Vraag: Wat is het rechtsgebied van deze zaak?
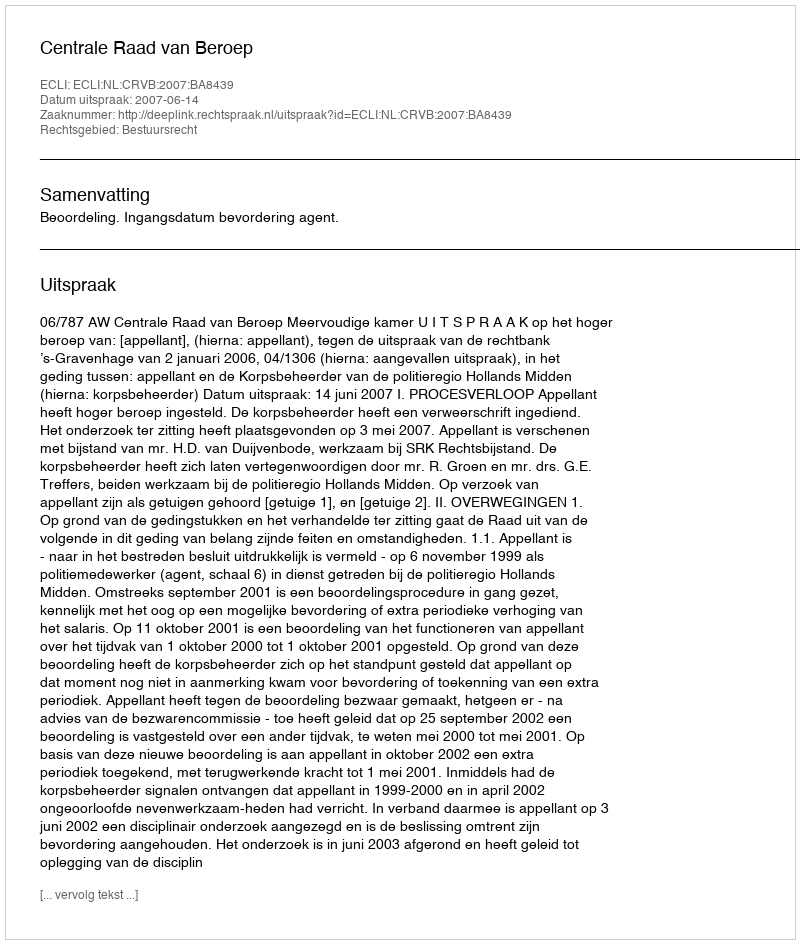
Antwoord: Bestuursrecht